Leaving Certificate Examination (including Day School Certificate (Higher) General paper), 1935
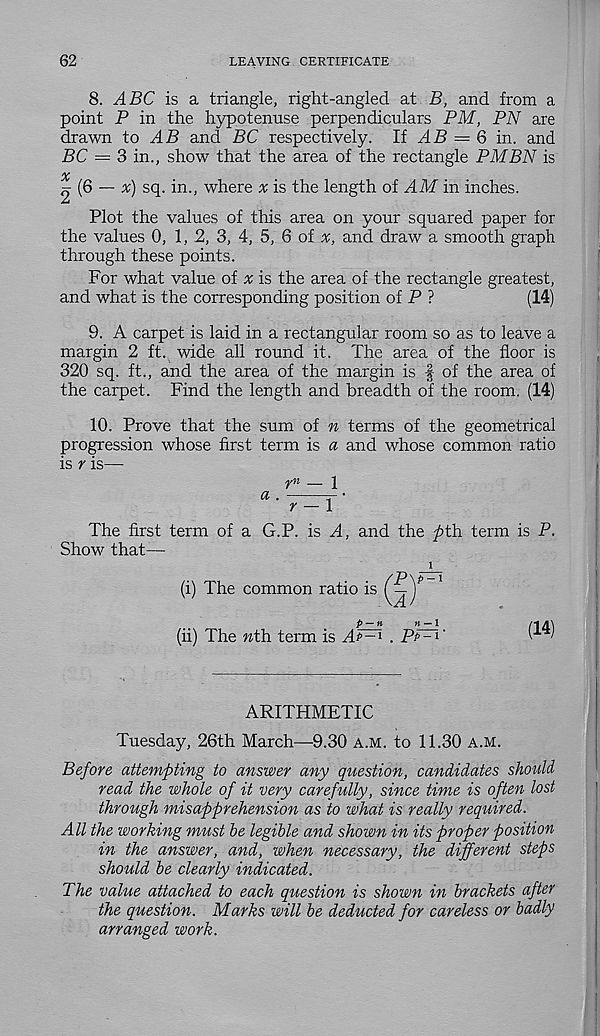
62
LEAVING CERTIFICATE
8. ABC is a triangle, right-angled at B, and from a
point P in the hypotenuse perpendiculars PM, PN are
drawn to ^4P and BC respectively. If AB = 6 in. and
BC = 3 in., show that the area of the rectangle PM BN is
X
2 (6 — #) sq. in., where a; is the length of AM in inches.
Plot the values of this area on your squared paper for
the values 0, 1, 2, 3, 4, 5, 6 of x, and draw a smooth graph
through these points.
For what value of % is the area of the rectangle greatest,
and what is the corresponding position of P ?
(14)
9. A carpet is laid in a rectangular room so as to leave a
margin 2 ft. wide all round it. The area of the floor is
320 sq. ft., and the area of the margin is f of the area of
the carpet. Find the length and breadth of the room. (14)
10. Prove that the sum of n terms of the geometrical
progression whose first term is a and whose common ratio
is r is—
yn _ 1
The first term of a G.P. is A, and the ^th term is P.
Show that—
(i) The common ratio is
(ii) The nth. term is Ap^ . PP^'
ARITHMETIC
Tuesday, 26th March—9.30 a.m. to 11.30 a.m.
Before attempting to answer any question, candidates should
read the whole of it very carefully, since time is often lost
through misapprehension as to what is really required.
All the working must he legible and shown in its proper position
in the answer, and, when necessary, the different steps
should he clearly indicated.
The value attached to each question is shown in brackets after
the question. Marks will be deducted for careless or badly
arranged work.
(~ \A